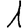
Digit: 1